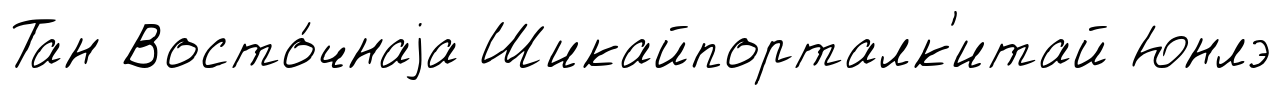
Тан Восто́чнаjа Шикайпорталк'итай Юнлэ